system: You are a helpful assistant.
user:
Analyze the provided spectrum to determine if it is a **"Cataclysmic Variables (CV)"**.

- **Key Indicators for CV (Check for either state):**
    - **State 1: Quiescent / Low-State (Emission-Dominated)**
        - **(Primary):** Strong and *very broad* Hydrogen Balmer emission lines (e.g., $H\alpha$ at 6563 Å, $H\beta$ at 4861 Å). The 'broadness' (high velocity dispersion, often FWHM > 1000 km/s) is the key diagnostic, indicating a high-velocity accretion disk.
        - **(Secondary):** Broad neutral Helium (He I) emission lines (e.g., 5876 Å, 6678 Å).
        - **(Key Confirmation):** Presence of high-excitation *ionized* Helium (He II) emission at 4686 Å. This is a strong indicator of accretion onto a white dwarf.
        - **(Line Profile):** Emission lines may exhibit a 'double-peaked' profile, which is a classic signature of a rotating accretion disk viewed at high inclination.

    - **State 2: Outburst / High-State (Absorption-Dominated)**
        - **(Primary):** Spectrum is dominated by a bright, blue continuum (looks like a hot star).
        - **(Secondary):** The emission lines from State 1 are weak, absent, or 'filled in', and are replaced by broad, shallow *absorption* lines (primarily Balmer and He I).
        - **(Morphology):** The overall spectrum mimics a hot B/A-type star. The crucial difference is that the absorption lines are significantly broader, shallower, and more 'washed-out' (or 'smeared') than the sharp lines of a normal stellar photosphere, due to high rotational speeds and pressure broadening in the disk.

Think first, call **spectral_visualization_tool** if needed to examine features in detail, then provide your final answer. Your response must adhere to the following strict rules:
1.  **Overall Structure:** Your response must follow the format `<think>...</think> <tool_call>...</tool_call> (if a tool is used) <answer>...</answer>`.
2.  **Tool Usage Constraint:** You may only make **one** tool call per turn.
3.  **Final Answer Format:** In the `<answer>` tag, your conclusion must be inside a `\boxed{}` command (e.g., `\boxed{YES}`), followed by your justification.

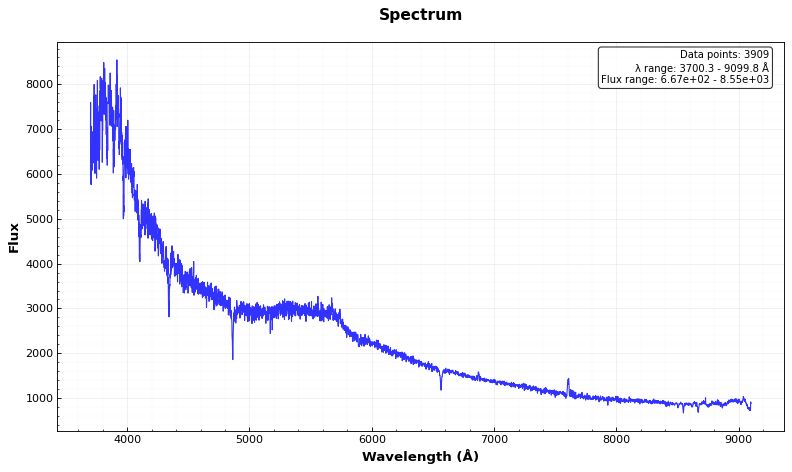
Answer: NO